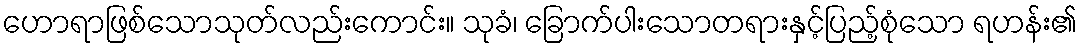
ဟောရာဖြစ်သောသုတ်လည်းကောင်း။ သုခံ၊ ခြောက်ပါးသောတရားနှင့်ပြည့်စုံသော ရဟန်း၏